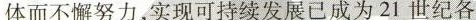
体而不懈努力，实现可持续发展已成为21世纪各